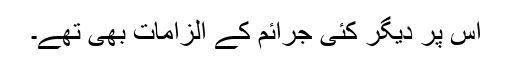
اس پر دیگر کئی جرائم کے الزامات بھی تھے۔